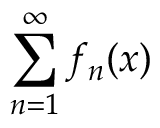
\sum _ { n = 1 } ^ { \infty } f _ { n } ( x )